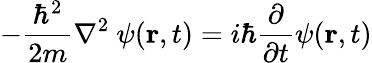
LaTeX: -{\frac{\hbar^{2}}{2m}}\nabla^{2}\ \psi(\mathbf{r},t)=i\hbar{\frac{\partial}{\partial t}}\psi(\mathbf{r},t)